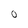
Character: O